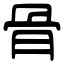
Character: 骨